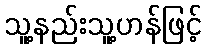
သူ့နည်းသူ့ဟန်ဖြင့်